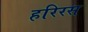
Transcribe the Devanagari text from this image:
हरिरस